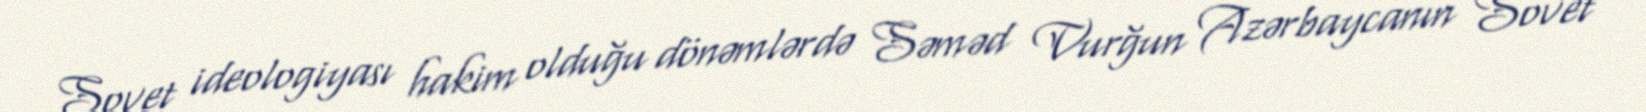
Sovet ideologiyası hakim olduğu dönəmlərdə Səməd Vurğun Azərbaycanın Sovet